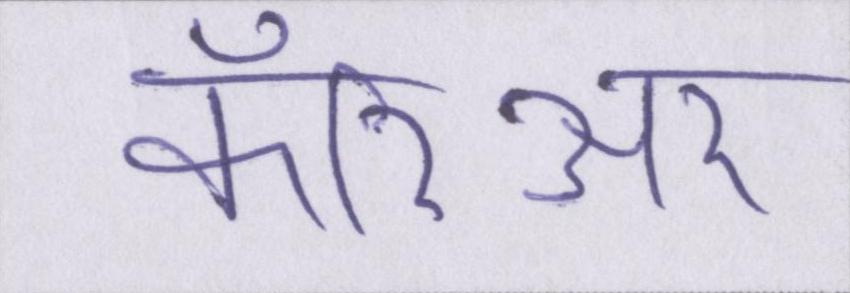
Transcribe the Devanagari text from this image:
कॅरिअर